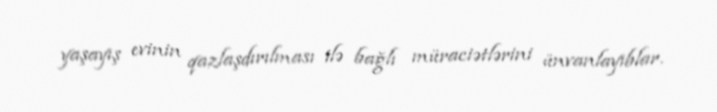
yaşayış evinin qazlaşdırılması ilə bağlı müraciətlərini ünvanlayıblar.